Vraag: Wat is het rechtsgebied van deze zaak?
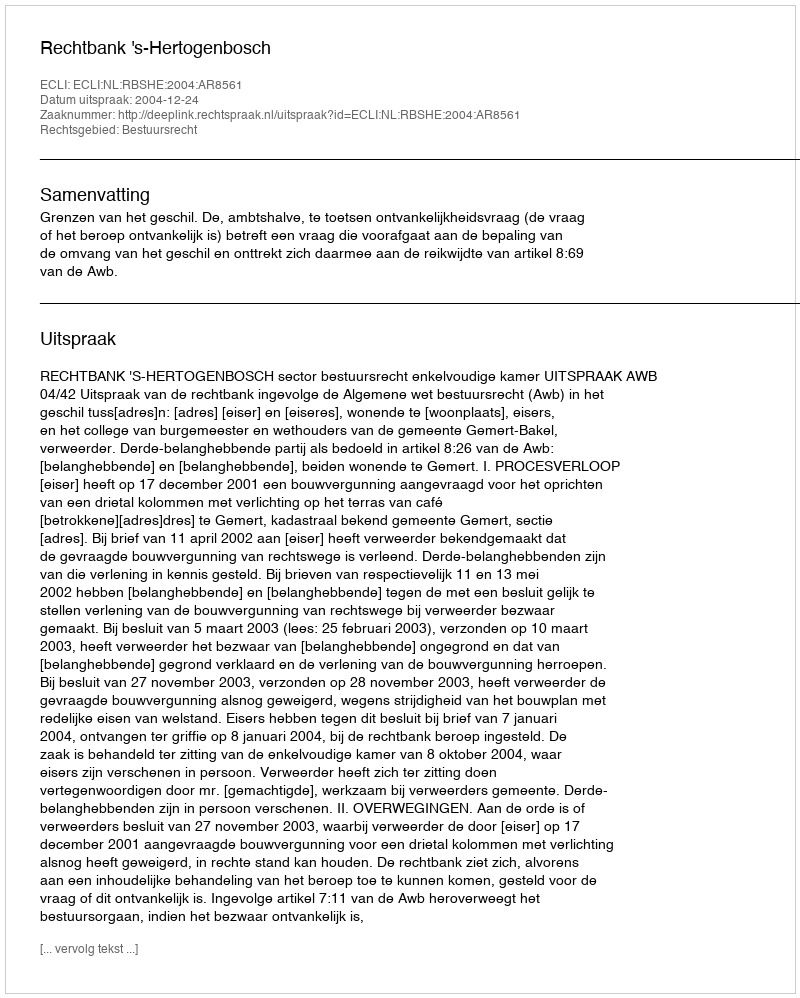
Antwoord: Bestuursrecht